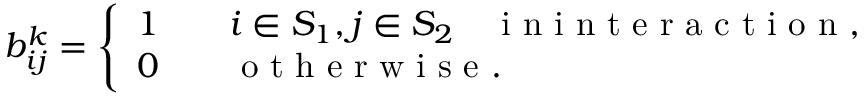
\begin{array} { r } { b _ { i j } ^ { k } = \left\{ \begin{array} { l l } { 1 \qquad i \in S _ { 1 } , j \in S _ { 2 } \quad \mathrm { ~ i ~ n ~ i ~ n ~ t ~ e ~ r ~ a ~ c ~ t ~ i ~ o ~ n ~ } , } \\ { 0 \qquad \mathrm { ~ o ~ t ~ h ~ e ~ r ~ w ~ i ~ s ~ e ~ } . } \end{array} \right. } \end{array}